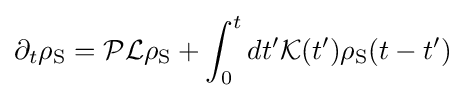
\partial _{t}{\rho }_{\mathrm {S} }={\mathcal {P}}{\cal {L}}{{\rho }_{\mathrm {S} }}+\int _{0}^{t}{dt'{\mathcal {K}}({t}'){{\rho }_{\mathrm {S} }}(t-{t}')}